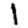
Digit: 1